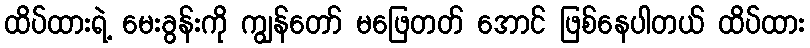
ထိပ်ထားရဲ့ မေးခွန်းကို ကျွန်တော် မဖြေတတ် အောင် ဖြစ်နေပါတယ် ထိပ်ထား